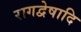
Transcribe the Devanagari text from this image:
रागद्वेषादि